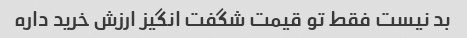
بد نیست فقط تو قیمت شگفت انگیز ارزش خرید داره